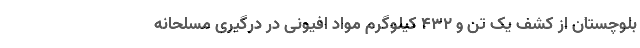
بلوچستان از کشف یک تن و ۴۳۲ کیلوگرم مواد افیونی در درگیری مسلحانه